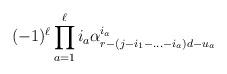
LaTeX: \begin{align*} (-1)^\ell \prod_{a=1}^\ell i_a \alpha^{i_a}_{r-(j-i_1-...-i_a)d-u_a}\end{align*}